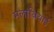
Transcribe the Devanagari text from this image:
मलावियाई